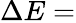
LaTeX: \Delta E=